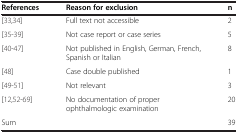
<table><thead><tr><td><b>References</b></td><td><b>Reason for exclusion</b></td><td><b>n</b></td></tr></thead><tbody><tr><td>[33,34]</td><td>Full text not accessible</td><td>2</td></tr><tr><td>[35-39]</td><td>Not case report or case series</td><td>5</td></tr><tr><td>[40-47]</td><td>Not published in English, German, French, Spanish or Italian</td><td>8</td></tr><tr><td>[48]</td><td>Case double published</td><td>1</td></tr><tr><td>[49-51]</td><td>Not relevant</td><td>3</td></tr><tr><td>[12,52-69]</td><td>No documentation of proper ophthalmologic examination</td><td>20</td></tr><tr><td>Sum</td><td> </td><td>39</td></tr></tbody></table>